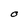
Character: O